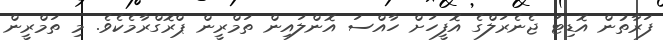
ފަރާތުން އޮޑިޓަ ޖެނެރަލްގެ އޮފީހަށް ހާއްސަ އޮންލައިން ތަމްރީން ޕްރޮގްރާމެކެވެ. މި ތަމްރީން